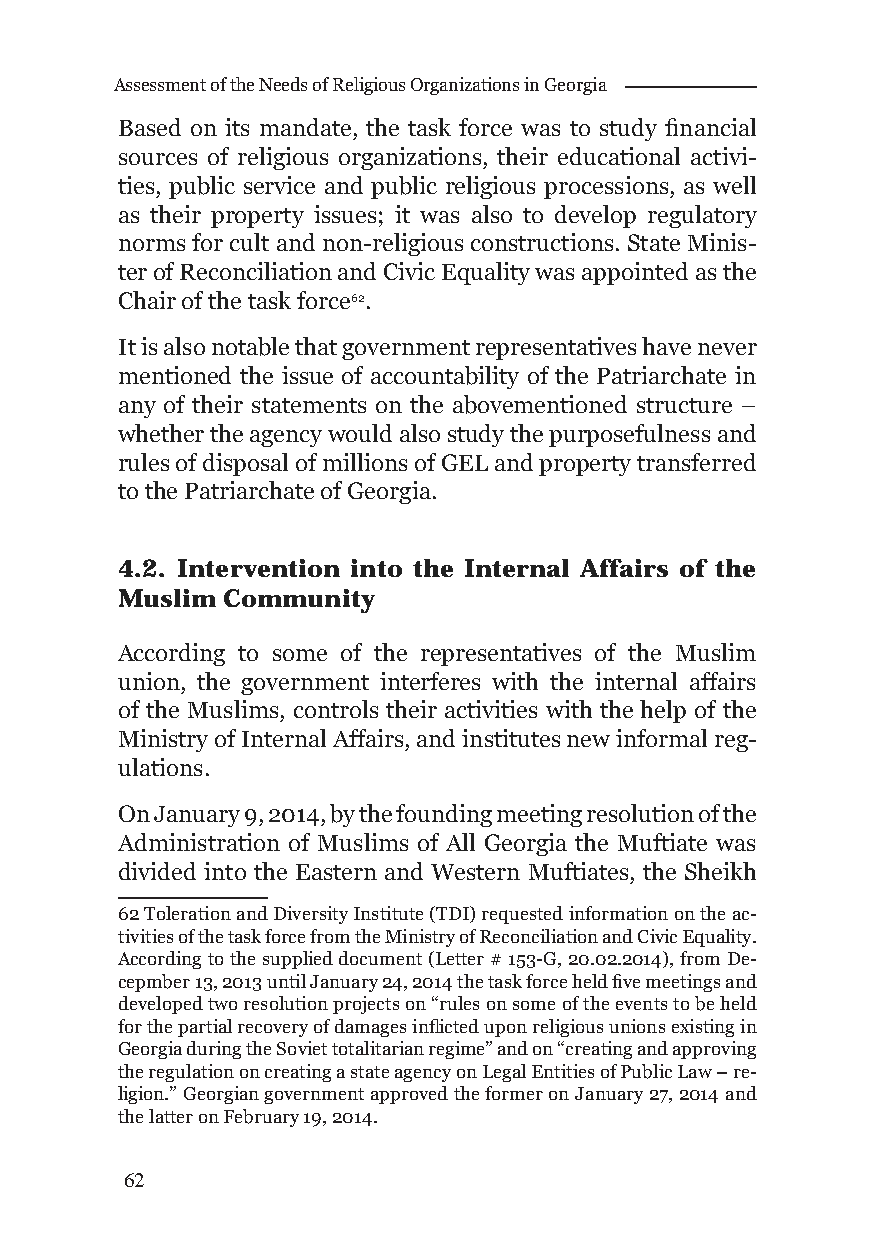
Assessment of the Needs of Religious Organizations in Georgia
 Based on its mandate, the task force was to study fi nancial
 sources of religious organizations, their educational activi-
 ties, public service and public religious processions, as well
 as their property issues; it was also to develop regulatory
 norms for cult and non-religious constructions. State Minis-
 ter of Reconciliation and Civic Equality was appointed as the
 Chair of the task force62.
 It is also notable that government representatives have never
 mentioned the issue of accountability of the Patriarchate in
 any of their statements on the abovementioned structure –
 whether the agency would also study the purposefulness and
 rules of disposal of millions of GEL and property transferred
 to the Patriarchate of Georgia.
 4.2. Intervention into the Internal Affairs of the
 Muslim Community
 According to some of the representatives of the Muslim
 union, the government interferes with the internal affairs
 of the Muslims, controls their activities with the help of the
 Ministry of Internal Affairs, and institutes new informal reg-
 ulations.
 On January 9, 2014, by the founding meeting resolution of the
 Administration of Muslims of All Georgia the Muftiate was
 divided into the Eastern and Western Muftiates, the Sheikh
 62 Toleration and Diversity Institute (TDI) requested information on the ac-
 tivities of the task force from the Ministry of Reconciliation and Civic Equality.
 According to the supplied document (Letter # 153-G, 20.02.2014), from De-
 cepmber 13, 2013 until January 24, 2014 the task force held fi ve meetings and
 developed two resolution projects on “rules on some of the events to be held
 for the partial recovery of damages infl icted upon religious unions existing in
 Georgia during the Soviet totalitarian regime” and on “creating and approving
 the regulation on creating a state agency on Legal Entities of Public Law – re-
 ligion.” Georgian government approved the former on January 27, 2014 and
 the latter on February 19, 2014.
 62